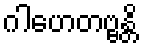
ဂါဟေတဗ္ဗန္တိ